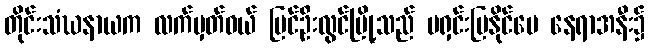
တိုင်းသံဃနာယက လက်မှတ်ဝယ် ပြင်ဦးလွင်မြို့သည် မရှင်းပြနိုင်ပေ နေရာအနီး၌